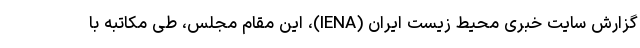
گزارش سایت خبری محیط زیست ایران (IENA)، این مقام مجلس، طی مکاتبه با